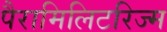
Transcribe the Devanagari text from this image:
पैरामिलिटरिज्म